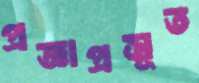
প্রজ্ঞাপ্রসূত